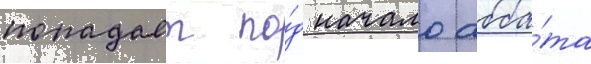
попадает по́д начало абба́та